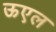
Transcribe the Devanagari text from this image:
ऊएल